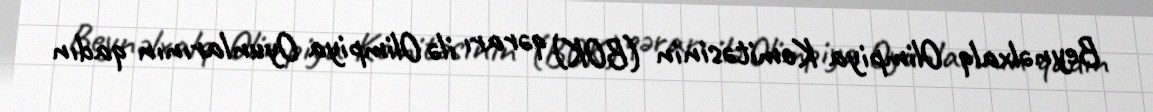
Beynəlxalq Olimpiya Komitəsinin (BOK) qərarı ilə Olimpiya Oyunlarının qadın